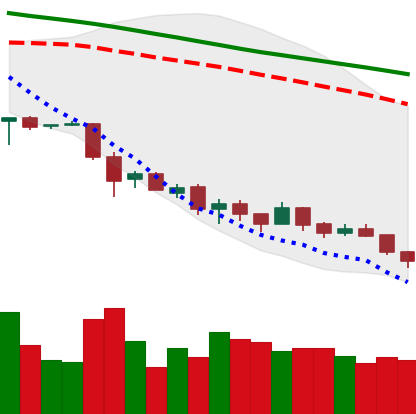
Ticker: EOS-USD
Chart end date: 2018-12-04
Forward return: -17.235%
Label: down_7plus